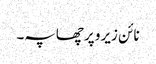
نائن زیرو پر چھاپہ۔